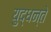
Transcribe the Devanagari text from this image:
युद्धन्ते